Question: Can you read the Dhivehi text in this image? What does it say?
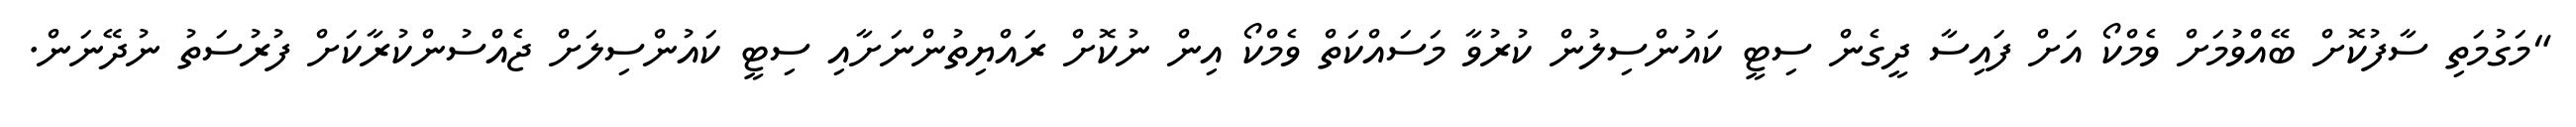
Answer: "މަގުމަތި ސާފުކޮށް ބޭއްވުމަށް ވެމްކޯ އަށް ފައިސާ ދީގެން ސިޓީ ކައުންސިލުން ކުރުވާ މަސައްކަތް ވެމްކޯ އިން ނުކޮށް ރައްޔިތުންނަށާއި ސިޓީ ކައުންސިލަށް ޖެއްސުންކުރާކަށް ފުރުސަތު ނުދޭނަން.